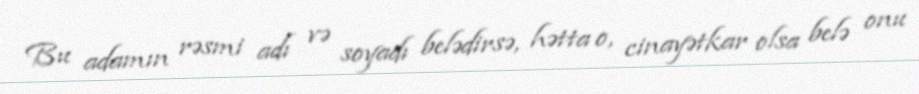
Bu adamın rəsmi adı və soyadı belədirsə, hətta o, cinayətkar olsa belə onu